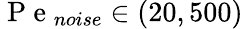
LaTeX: \mathrm{~P~e~}_{noise}\in(20,500)